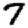
Digit: 7